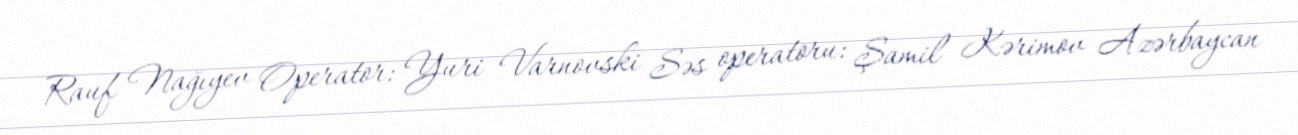
Rauf Nağıyev Operator: Yuri Varnovski Səs operatoru: Şamil Kərimov Azərbaycan